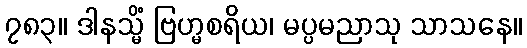
၇၈၃။ ဒါနသ္မိံ ဗြဟ္မစရိယ၊ မပ္ပမညာသု သာသနေ။